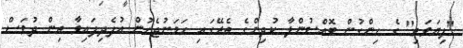
"ފިޔަވަތި" ގެ ހިންގުން ބޮއްސުންލާ ކުދިންގެ ތެރޭގައި ހަމަނުޖެހުން އުފެދިފައިވާ ތިން ދުވަސް